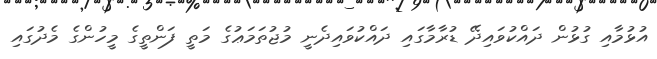
އުޅުމާއި ގުޅުން ދައްކުވައިދޭ ޑުރާމާގައި ދައްކުވައިދެނީ މުޖުތަމަޢުގެ މަތީ ފަންތީގެ މީހުންގެ މެދުގައި